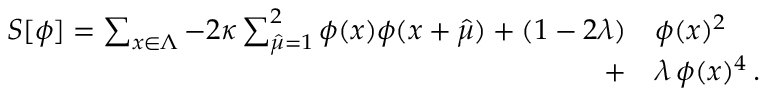
\begin{array} { r l } { S [ \phi ] = \sum _ { x \in \Lambda } - 2 \kappa \sum _ { \hat { \mu } = 1 } ^ { 2 } \phi ( x ) \phi ( x + \hat { \mu } ) + ( 1 - 2 \lambda ) } & { { } \phi ( x ) ^ { 2 } } \\ { + } & { { } \lambda \, \phi ( x ) ^ { 4 } \, . } \end{array}